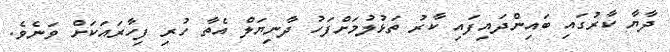
ދާޔާ ކާރުގައި ބައިންދައިފައި ކާރު ތަޅުލުމަށްފަހު ދާނިޔަލް އެތާ ހުރި ފިހާރައަކަށް ވަނެވެ.